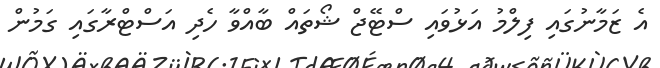
އެ ޒަމާނުގައި ފިލްމު އަޅުވައި ސްޓޭޖް ޝޯތައް ބާއްވާ ހެދި އަސްޓްރާގައި ގަމުން